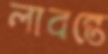
লাবন্তে